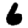
Digit: 6